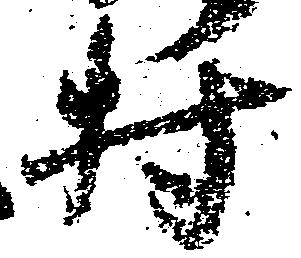
村